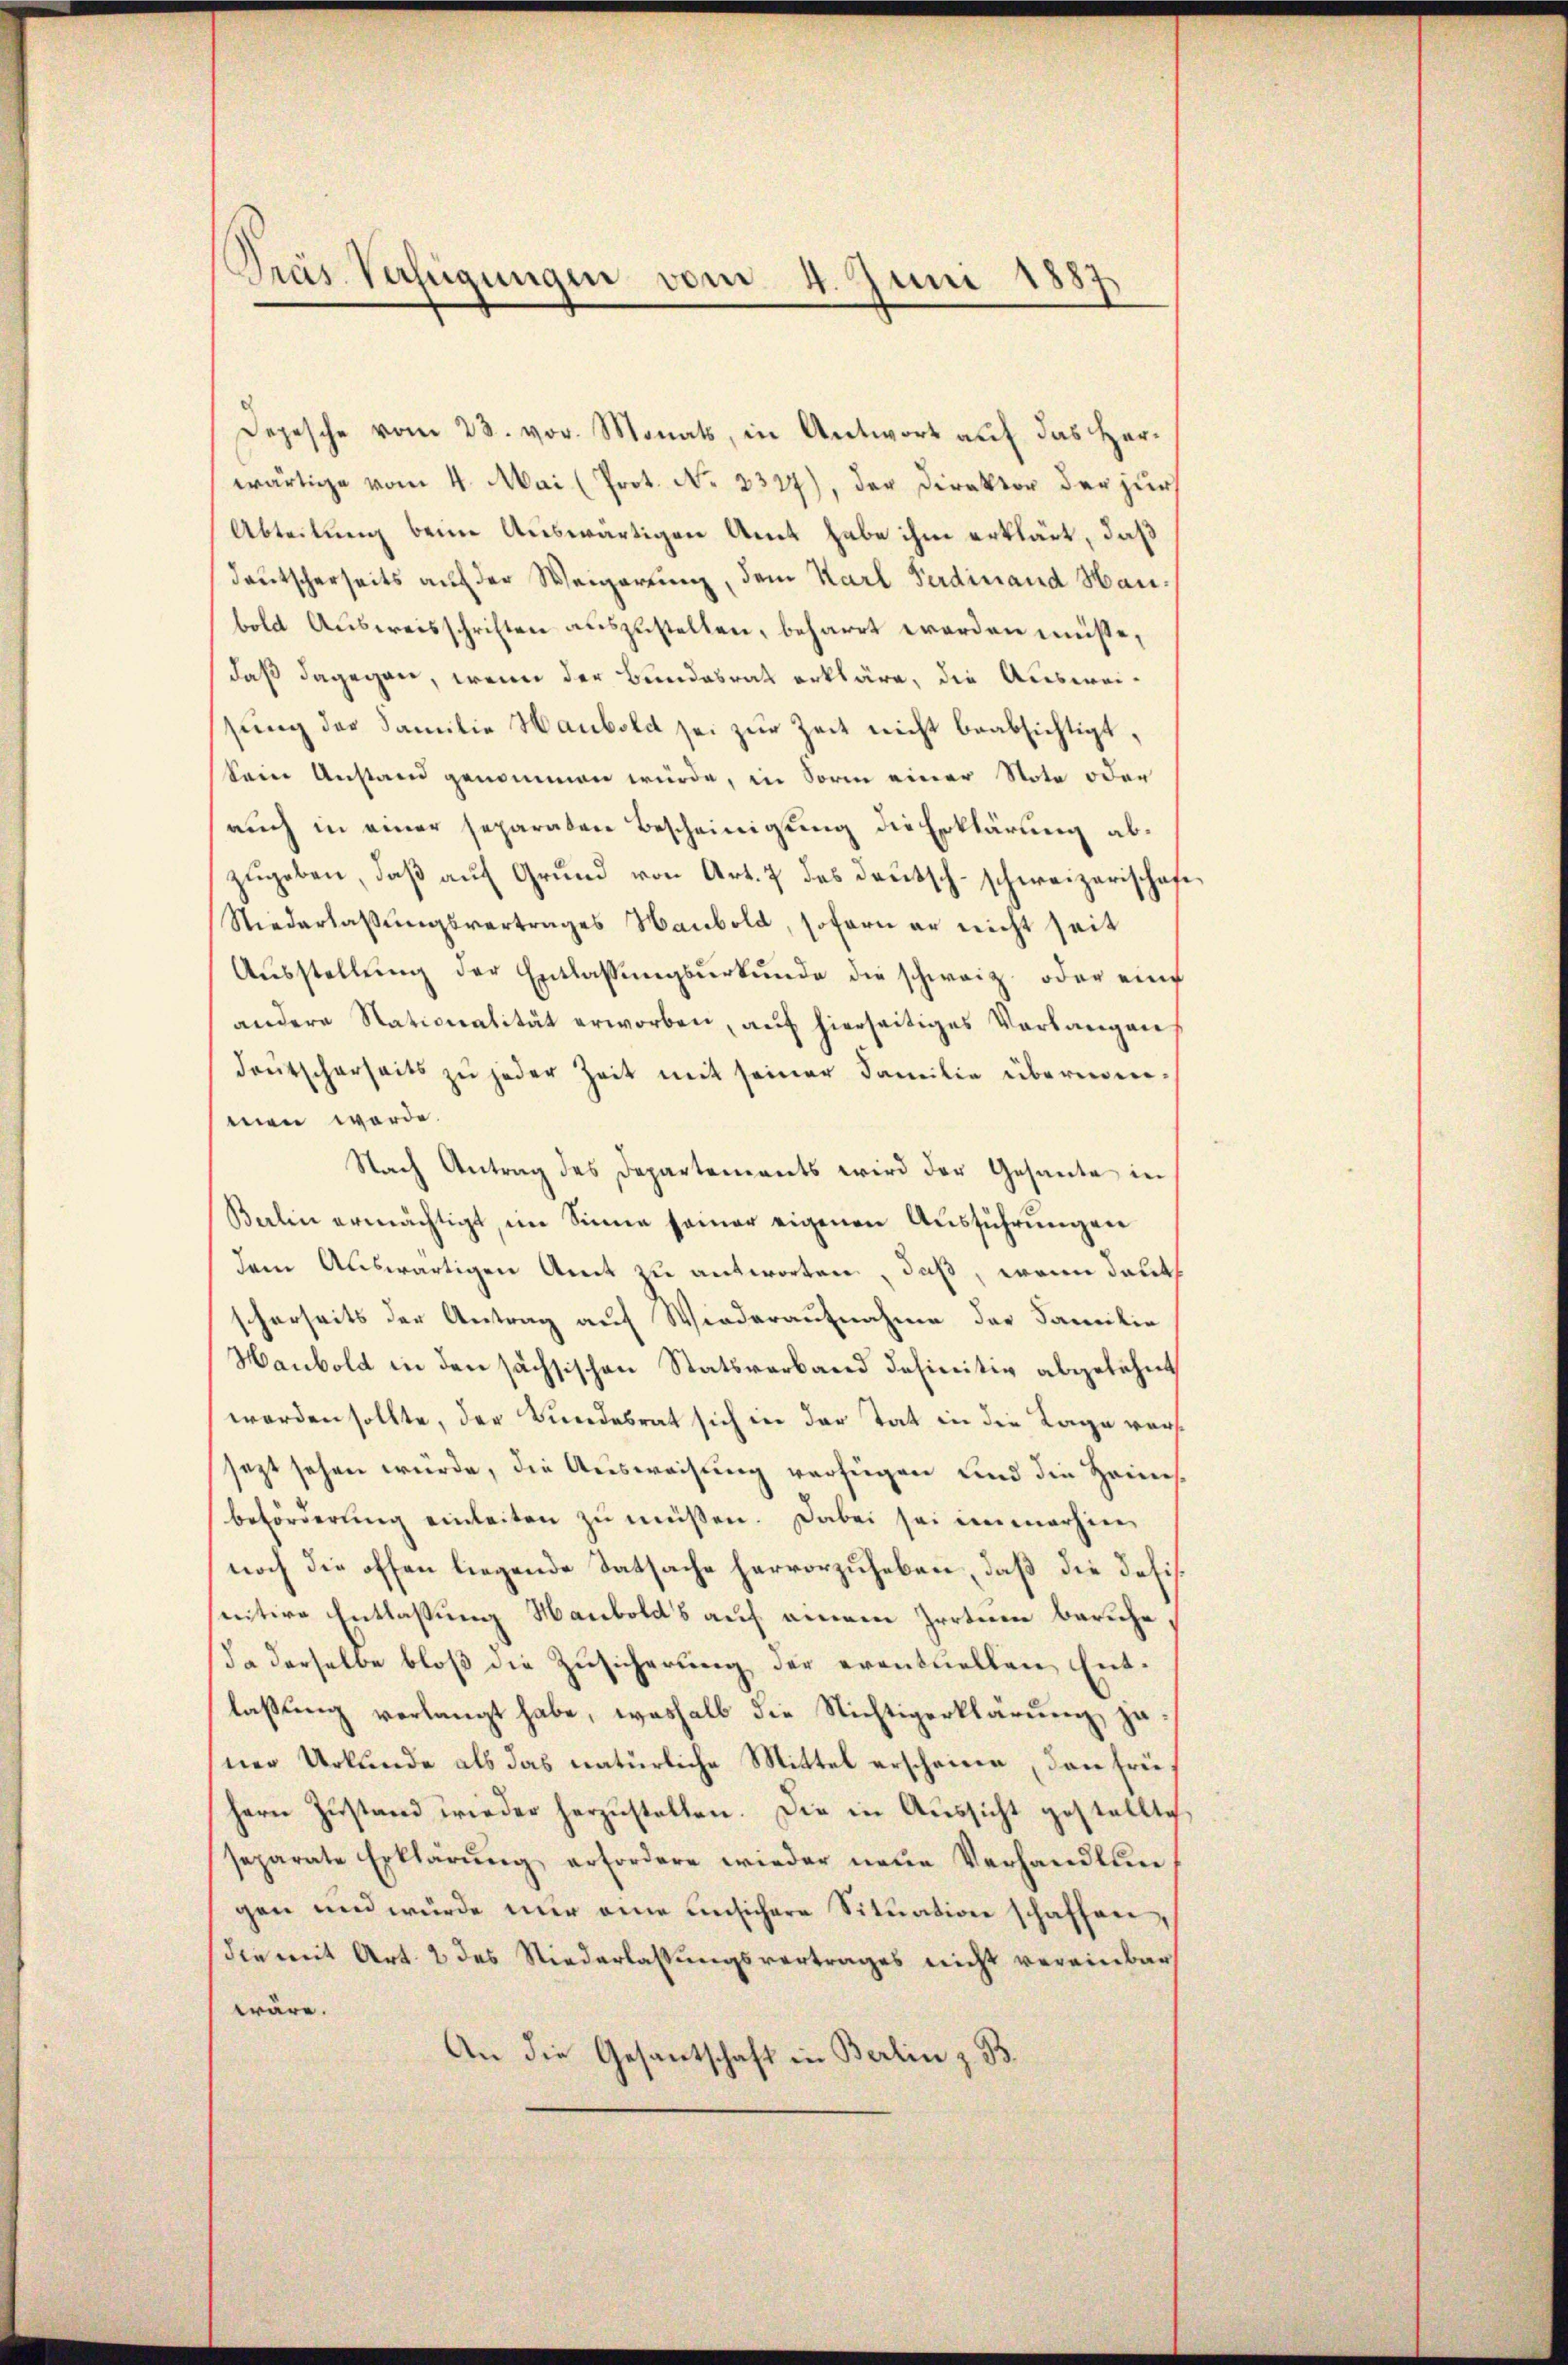
Pras Verfügungen vom 4. Juni 1887

Depesche vom 23. vor. Monats, in Antwort auf das Herwärtige vom 4. Mai (Prot. No. 2327), der Direktor der zur
Abteilung beim Auswärtigen Amt habe ihm erklärt, daß
deutscherseits auf der Weigerung, dem Karl Ferdinand Haubold Ausweisschriften auszustellen, beharrt worden müsse,
daß dagegen, wenn der Bundesrath erkläre, die Ausweisung der Familie Haubold sei zur Zeit nicht beabsichtigt,
Sein Anstand genommen würde, in Sorm einer Note oder
auch in einer separaten Bescheinigung die Erklärung abzŭgeben, daβ aŭf Grund von Art. 7 des Deutsch-schweizerischaf
Niederlassŭngsvertrages Haubold, sofern er nicht seit
Aŭsstellŭng der Entlassŭngsŭrkŭnde die schweiz oder eine
andere Nationalität erworben, auf hierseitiges Verlangen
deŭtscherheits zŭ jeder Zeit mit seiner Familie übernen-
men werde
Nach Antrag des Departements wird der Gesante in
Balin ermächtigt, im Sinne seiner eigenen Ausführungen
dem Auswärtigen Amt zu antworten, daß, wenn deut
scherseits der Antrag auf Wiederaufnahme der Familie
Haubold in den sächsischen Statsverband definitiv abgelehnt
worden sollte, der Bundesrat sich in der Tat in die Tage verssezt sehen würde, die Ausweisung verfügen und die Heims
beförderung einleiten zu müßen. Dabei sei immerhinnoch die offen liegende Tatsache hervorzuheben, daß die desisnitive Entlassung Hanbold's auf einem Zerteren beruhe
Da derselbe bloß die Zusicherung der eventuellen Entlaβŭng verlangt habe, weshalb die Nichtigerklärung, zu
ner Urkunde als das natürliche Mittel erscheine, dann friehern Zustand wieder herzustellen. Die in Aussicht gestellte,
separate Erklärŭng erfordere wieder neue Verhandlungen und würde nur eine unsichere Situation schaffen,
die mit Art. 2 des Niederlassungsvertrages nicht vereinbar
wäre.
An die Gesantschaft in Berlin z. B.